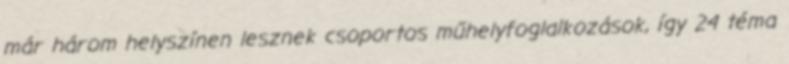
már három helyszínen lesznek csoportos műhelyfoglalkozások, így 24 téma